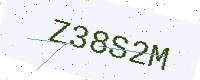
Text: Z38S2M